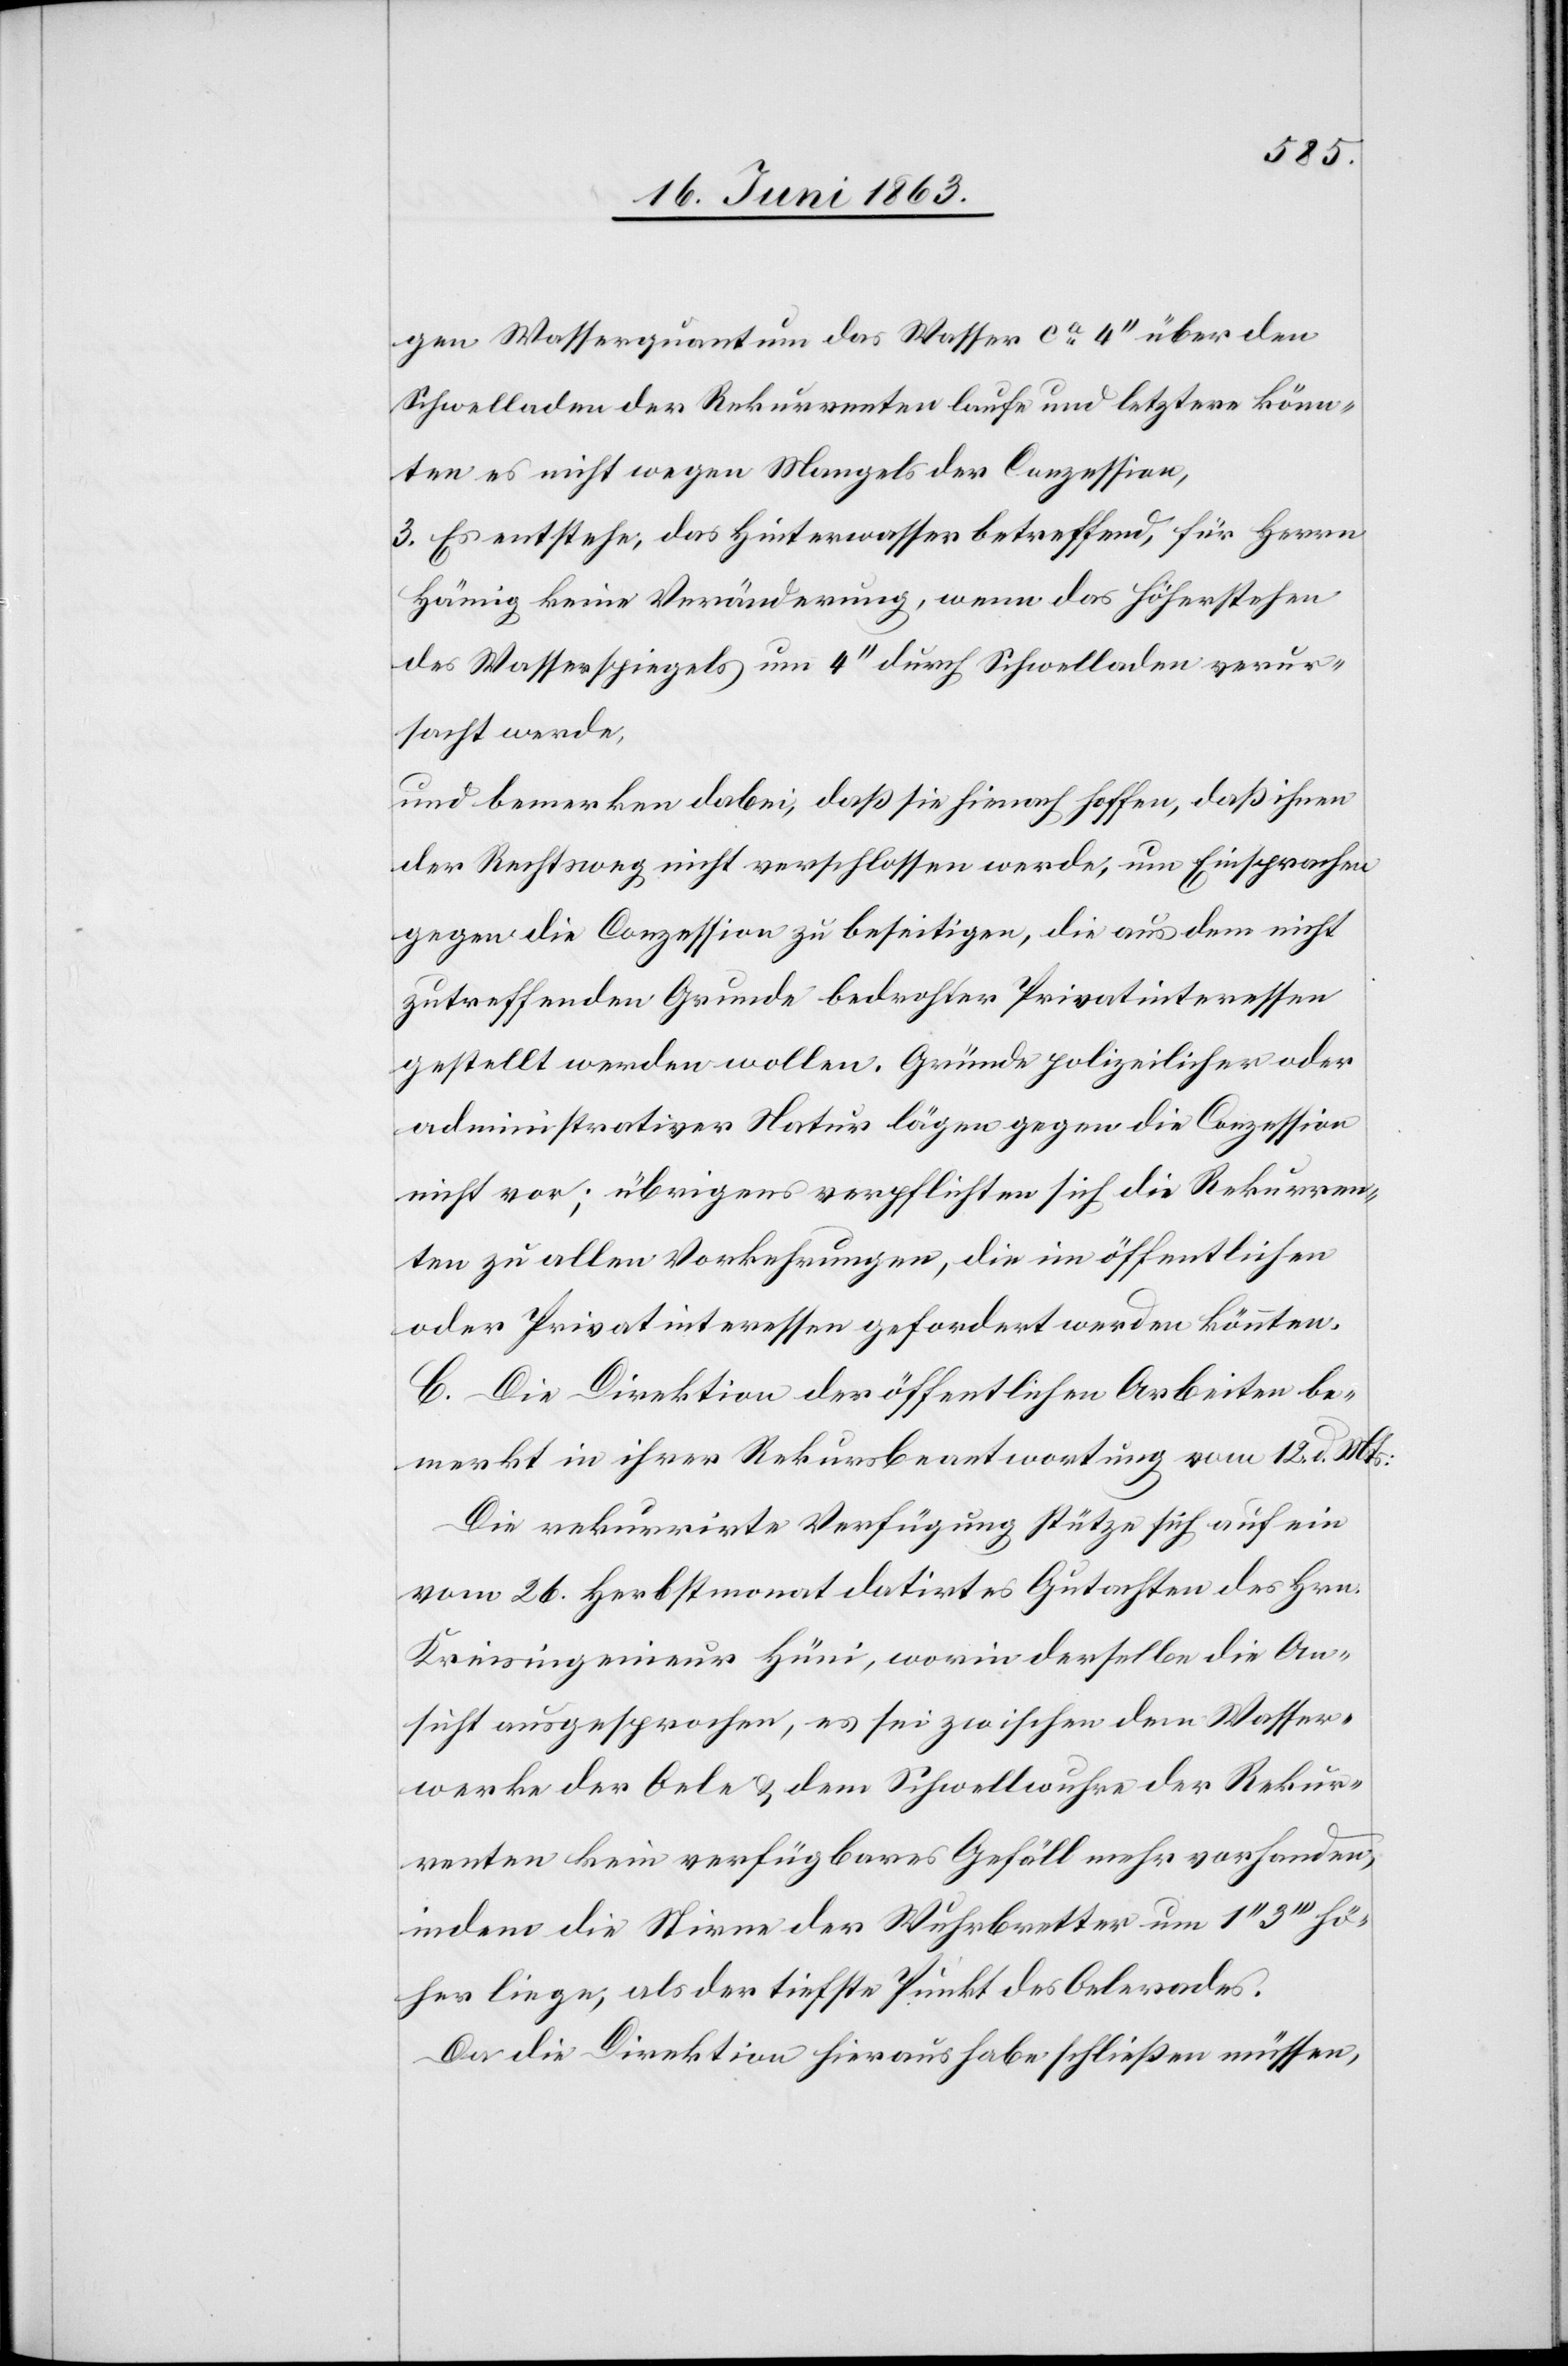
gen Wasserquantum das Wasser ca 4'' über den
Schwelladen der Rekurrenten laufe und letztere könn¬
ten es nicht wegen Mangels der Conzession,
3. Es entstehe, das Hinterwasser betreffend, für Herrn
Hämig keine Veränderung, wenn das Höherstehen
des Wasserspiegels um 4'' durch Schwelladen verur¬
sacht werde,
und bemerken dabei, daß sie hienach hoffen, daß ihnen
der Rechtsweg nicht verschlossen werde, um Einsprachen
gegen die Conzession zu beseitigen, die aus dem nicht
zutreffenden Grunde bedrohter Privatinteressen
gestellt werden wollen. Gründe polizeilicher oder
administrativer Natur lägen gegen die Conzession
nicht vor; übrigens verpflichten sich die Rekurren¬
ten zu allen Vorkehrungen, die im öffentlichen
oder Privatinteressen gefordert werden könnten.
C. Die Direktion der öffentlichen Arbeiten be¬
merkt in ihrer Rekursbeantwortung vom 12. d. Mts:
Die rekurrirte Verfügung stütze sich auf ein
vom 26. Herbstmonat datirtes Gutachten des Hrn.
Kreisingenieur Hüni, worin derselbe die An¬
sicht ausgesprochen, es sei zwischen dem Wasser¬
werke der Oele & dem Schwellwuhre der Rekur¬
renten kein verfügbares Gefäll mehr vorhanden,
indem die Stirne der Wuhrbretter um 1''
höher liege, als der tiefste Punkt des Oelerades.
Da die Direktion hieraus habe schließen müssen,